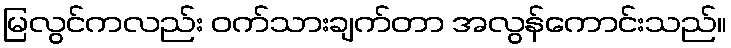
မြလွင်ကလည်း ဝက်သားချက်တာ အလွန်ကောင်းသည်။